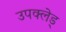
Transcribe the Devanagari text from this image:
उपक्लेड्